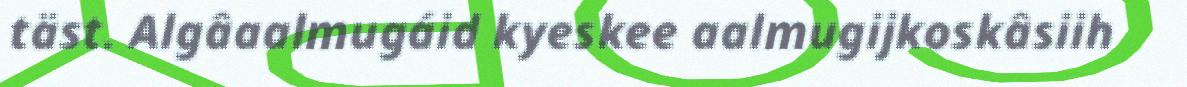
täst. Algâaalmugáid kyeskee aalmugijkoskâsiih